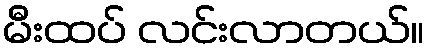
မီးထပ် လင်းလာတယ်။